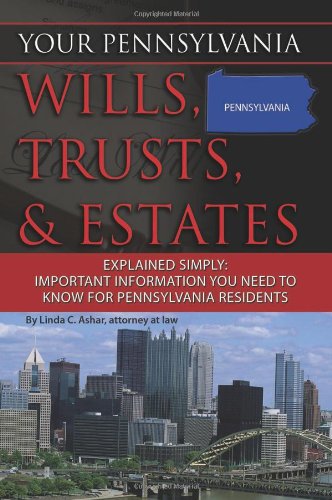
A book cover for Your Pennsylvania Wills, Trusts, & Estates Explained Simply: Important Information You Need to Know for Pennsylvania Residents (Back-To-Basics); Linda C. Ashar  Attorney at Law; Law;